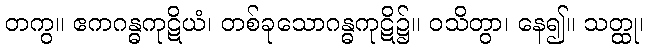
တကွ။ ဧကဂန္ဓကုဋိယံ၊ တစ်ခုသောဂန္ဓကုဋိ၌။ ဝသိတွာ၊ နေ၍။ သတ္ထု၊